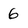
Character: 6